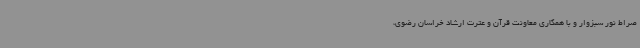
صراط نور سبزوار و با همکاری معاونت قرآن و عترت ارشاد خراسان رضوی،